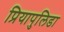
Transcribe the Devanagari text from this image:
प्रियापुलिडा